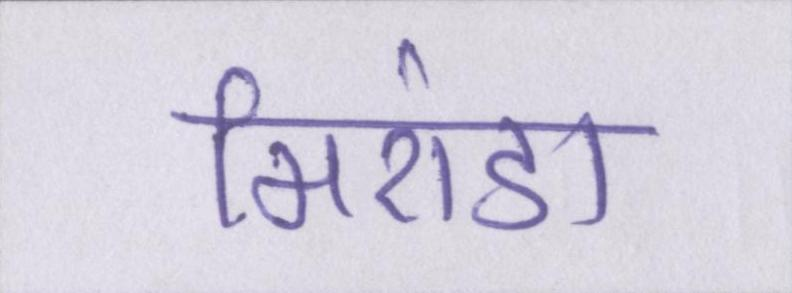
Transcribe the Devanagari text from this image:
मिरांडा